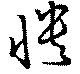
憒